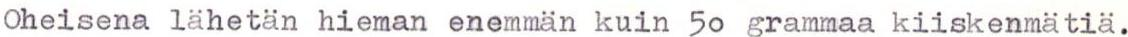
Oheisena lähetän hieman enemmän kuin 50 grammaa kiiskenmätiä.